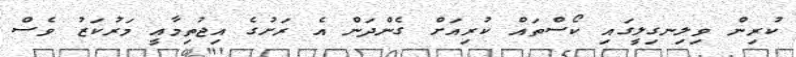
ކުރިން ވިލިނގިލީގައި ކޯސްތައް ކުރިއަށް ގެންދަން އެ ރަށުގެ އިޖުތިމާއީ މަރުކަޒު ވެސް